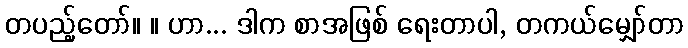
တပည့်တော်။ ။ ဟာ... ဒါက စာအဖြစ် ရေးတာပါ, တကယ်မျှော်တာ